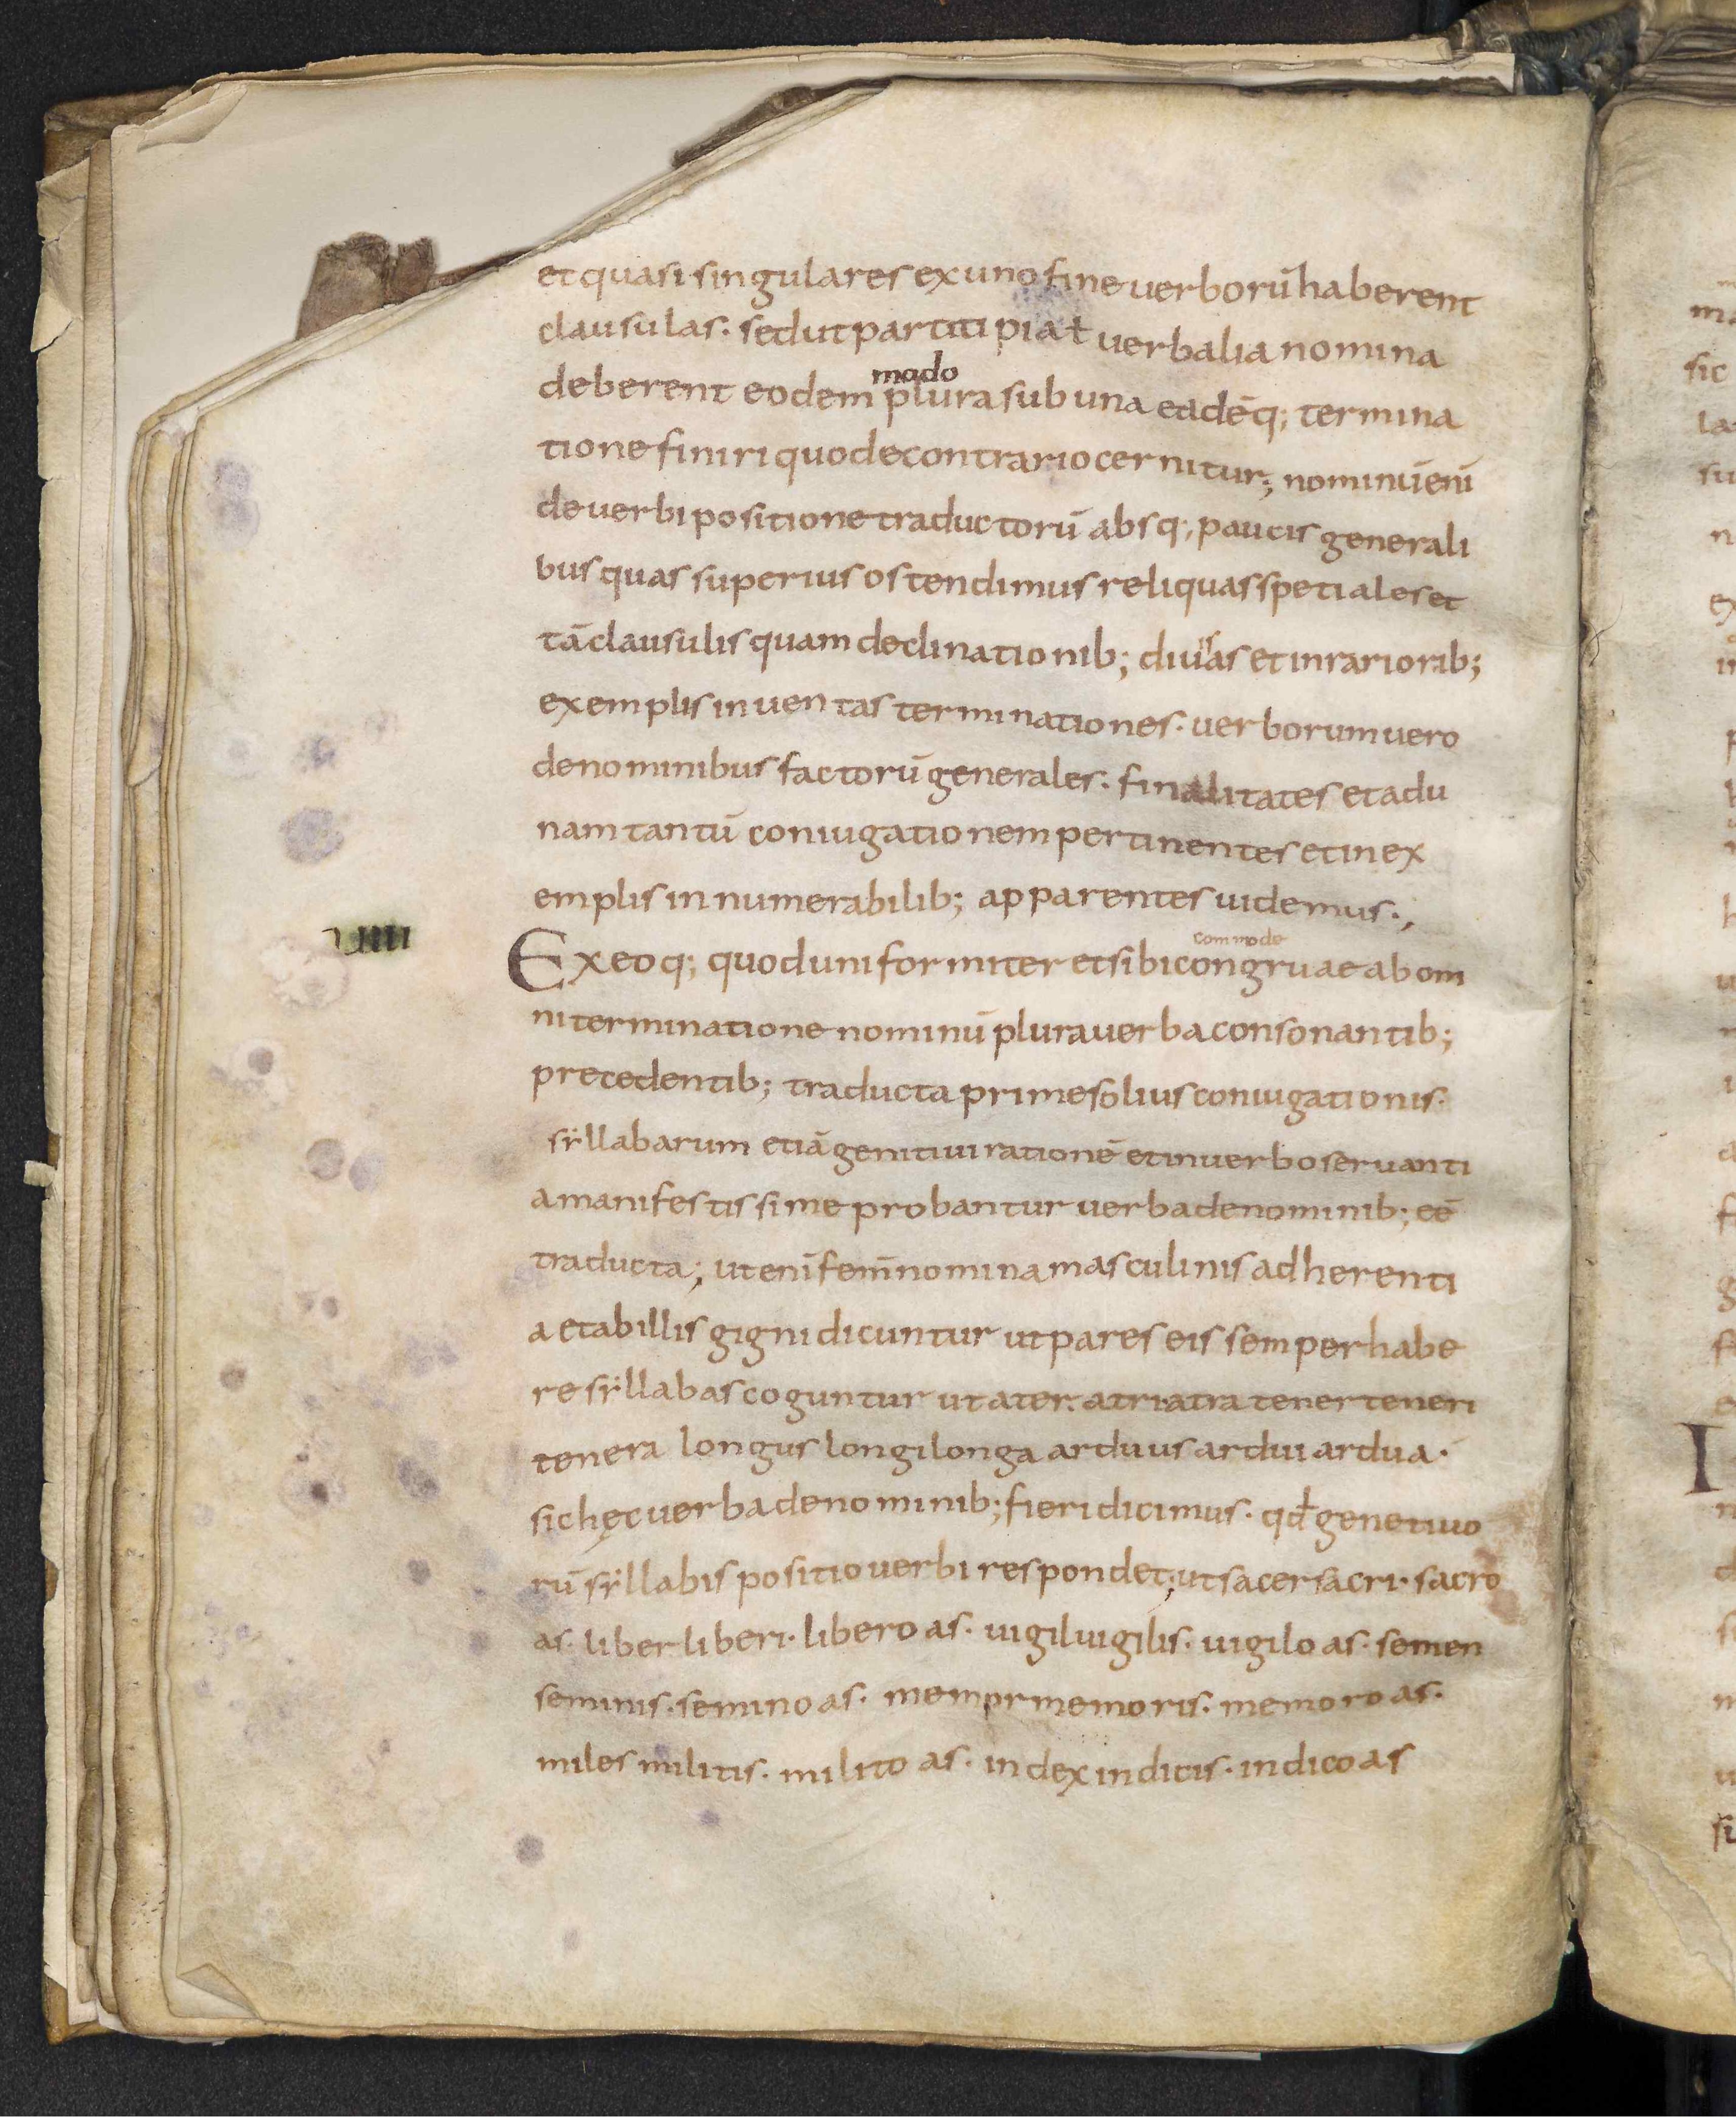
Shelfmark: Leiden, Bibliotheek der Rijksuniversiteit, Voss. Lat. O 41
Century: 9